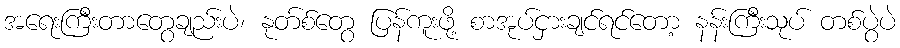
အရေးကြီးတာတွေချည်းပဲ၊ နုတ်စ်တွေ ပြန်ကူးဖို့ စာအုပ်ငှားချင်ရင်တော့ နန်းကြီးသုပ် တစ်ပွဲပဲ